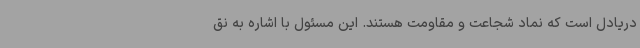
دریادل است که نماد شجاعت و مقاومت هستند. این مسئول با اشاره به نق